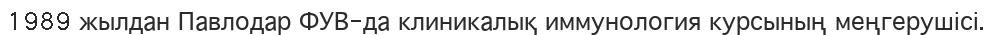
1989 жылдан Павлодар ФУВ-да клиникалық иммунология курсының меңгерушісі.